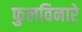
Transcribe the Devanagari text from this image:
फुलविनारे